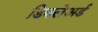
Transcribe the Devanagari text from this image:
डिक्‍लेअर्ड